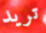
تريد